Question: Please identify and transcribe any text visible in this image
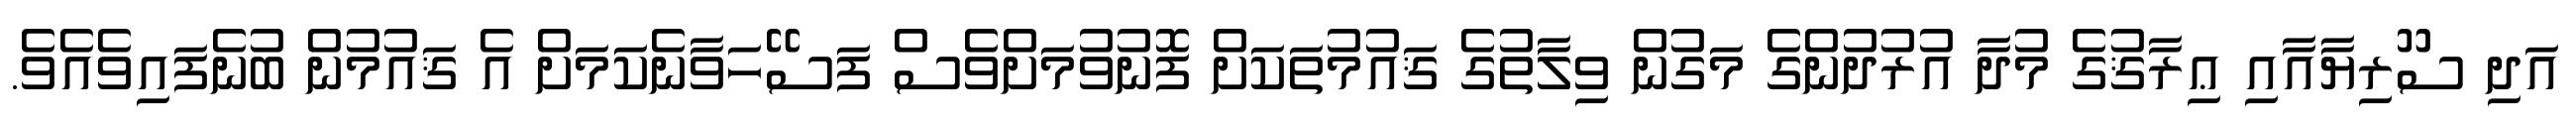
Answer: އަދި ސޫރިޔާއާއި ޢިރާޤުގެ މުދާ އުރުދުންގެ މަގުން ވިލާތުގެ ޤައުމުތަކަށް ފޮނުވުމަށްވެސް ފަސޭހަވާނެކަމަށް އެ ޤައުމުން ބުނެފައިވެއެވެ.